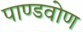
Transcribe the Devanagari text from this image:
पाण्डवोण